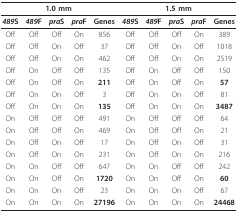
| <COLSPAN=5> 1.0 mm | <COLSPAN=5> 1.5 mm |
 | --- | --- | --- | --- | --- | --- | --- | --- | --- | --- |
 | 489S | 489F | praS | praF | Genes | 489S | 489F | praS | praF | Genes |
 | Off | Off | Off | On | 856 | Off | Off | Off | On | 389 |
 | Off | Off | On | Off | 37 | Off | Off | On | Off | 1018 |
 | Off | Off | On | On | 462 | Off | Off | On | On | 2519 |
 | Off | On | Off | Off | 135 | Off | On | Off | Off | 150 |
 | Off | On | Off | On | 211 | Off | On | Off | On | 57 |
 | Off | On | On | Off | 3 | Off | On | On | Off | 81 |
 | Off | On | On | On | 135 | Off | On | On | On | 3487 |
 | On | Off | Off | Off | 491 | On | Off | Off | Off | 64 |
 | On | Off | Off | On | 469 | On | Off | Off | On | 21 |
 | On | Off | On | Off | 17 | On | Off | On | Off | 31 |
 | On | Off | On | On | 231 | On | Off | On | On | 216 |
 | On | On | Off | Off | 647 | On | On | Off | Off | 242 |
 | On | On | Off | On | 1720 | On | On | Off | On | 60 |
 | On | On | On | Off | 23 | On | On | On | Off | 67 |
 | On | On | On | On | 27196 | On | On | On | On | 24468 |